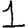
Digit: 1